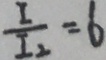
\frac { I } { I _ { 2 } } = 6